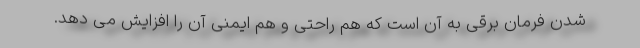
شدن فرمان برقی به آن است که هم راحتی و هم ایمنی آن را افزایش می دهد.